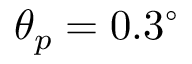
\theta _ { p } = 0 . 3 ^ { \circ }